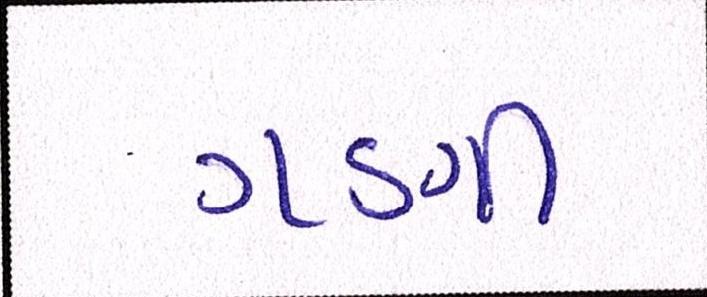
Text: ગણી